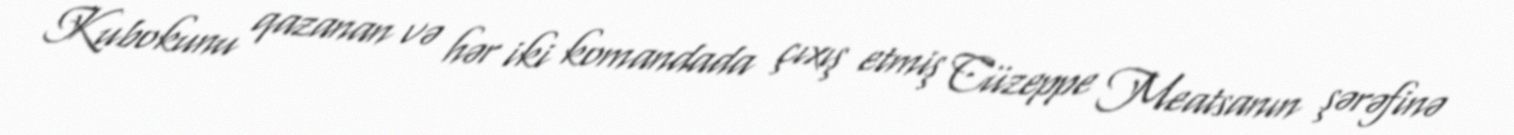
Kubokunu qazanan və hər iki komandada çıxış etmiş Cüzeppe Meatsanın şərəfinə